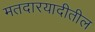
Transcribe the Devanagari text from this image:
मतदारयादीतील